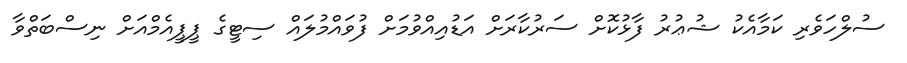
ސުލްހަވެރި ކަމާއެކު ޝުޢުރު ފާޅުކޮށް ސަރުކާރަށް އަޑުއިއްވުމަށް ފުވައްމުލައް ސިޓީގެ ޕީޕީއެމްއަށް ނިސްބަތްވާ